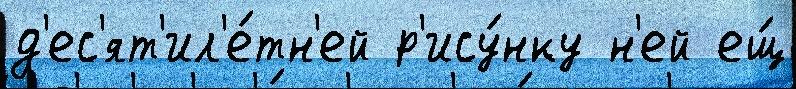
д'ес'ят'ил'е́тн'ей р'ису́нку н'ей ещ́